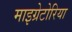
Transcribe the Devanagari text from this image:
माइग्रेटोरिया